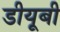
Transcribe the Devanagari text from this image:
डीयूबी